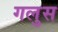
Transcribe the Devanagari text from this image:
गलुस